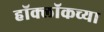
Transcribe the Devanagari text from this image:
हॉक्लॉकच्या